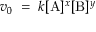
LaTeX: v _ { 0 } \; = \; k [ \mathrm { A } ] ^ { x } [ \mathrm { B } ] ^ { y }